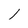
Character: 1